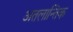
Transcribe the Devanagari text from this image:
अतलान्तिक